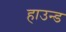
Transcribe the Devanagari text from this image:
हाउन्ड